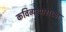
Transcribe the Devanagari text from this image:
कविव्यापाराच्या